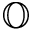
\mathbb { O }